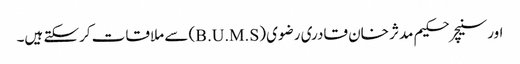
اورسنیچر حکیم مدثر خان قادری رضوی (B.U.M.S) سے ملاقات کرسکتے ہیں۔